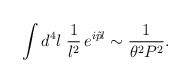
\begin{align*}\int d^4l\; {1 \over l^2}\,e^{ i \tilde{p}l} \sim {1 \over\theta^2 P^2}.\end{align*}